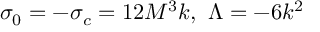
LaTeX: \sigma _ { 0 } = - \sigma _ { c } = 1 2 M ^ { 3 } k , ~ \Lambda = - 6 k ^ { 2 }